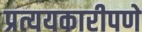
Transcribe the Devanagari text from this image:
प्रत्ययकारीपणे